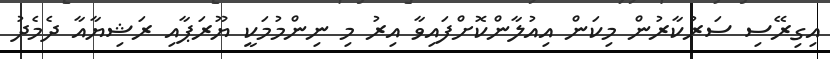
އިގިރޭސި ސަރުކާރުން މިކަން އިއުލާންކޮށްފައިވާ އިރު މި ނިންމުމަކީ ޔޫރަޕާއި ރަޝިޔާއާ ދެމެދު